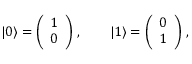
| 0 \rangle = \left( \begin{array} { l } { 1 } \\ { 0 } \end{array} \right) \, , \qquad | 1 \rangle = \left( \begin{array} { l } { 0 } \\ { 1 } \end{array} \right) \, ,